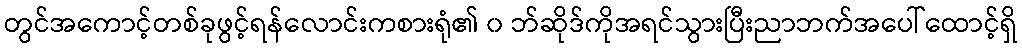
တွင်အကောင့်တစ်ခုဖွင့်ရန်လောင်းကစားရုံ၏ ၀ ဘ်ဆိုဒ်ကိုအရင်သွားပြီးညာဘက်အပေါ်ထောင့်ရှိ